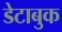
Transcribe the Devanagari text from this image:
डेटाबुक